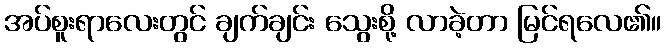
အပ်စူးရာလေးတွင် ချက်ချင်း သွေးစို့ လာခဲ့တာ မြင်ရလေ၏။